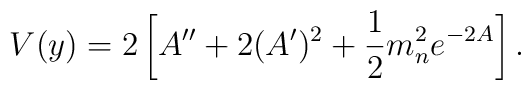
V(y)=2\left[A^{\prime\prime}+2(A^{\prime})^2+{1\over 2}m^2_ne^{-2A}\right].